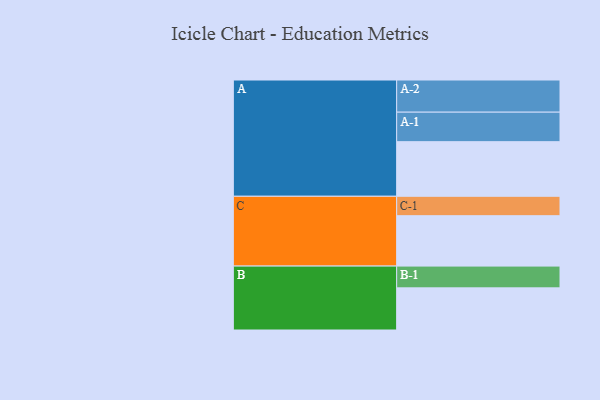
{"axis": {"x": "Segment", "y": "Value"}, "legend": ["", "A", "B", "C"], "data": [{"x": "A", "y": 416, "type": ""}, {"x": "B", "y": 321, "type": ""}, {"x": "C", "y": 384, "type": ""}, {"x": "A-1", "y": 225, "type": "A"}, {"x": "A-2", "y": 245, "type": "A"}, {"x": "B-1", "y": 166, "type": "B"}, {"x": "C-1", "y": 148, "type": "C"}]}